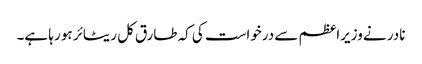
نادر نے وزیراعظم سے درخواست کی کہ طارق کل ریٹائر ہو رہا ہے۔